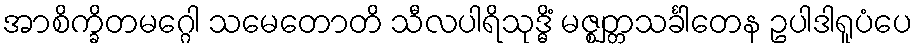
အာစိက္ခိတမဂ္ဂေါ သမေတောတိ သီလပါရိသုဒ္ဓိံ မဇ္ဈတ္တသင်္ခါတေန ဥပါဒါရူပံပေ